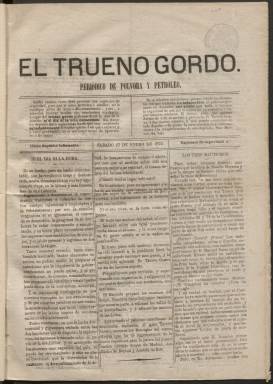
Título: El Trueno gordo
Colección: Periódicos
Ámbito geográfico: Madrid
Lugar de publicación: Madrid
Fechas: 27/01/1872-21/11/1872